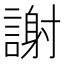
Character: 謝